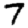
Digit: 7